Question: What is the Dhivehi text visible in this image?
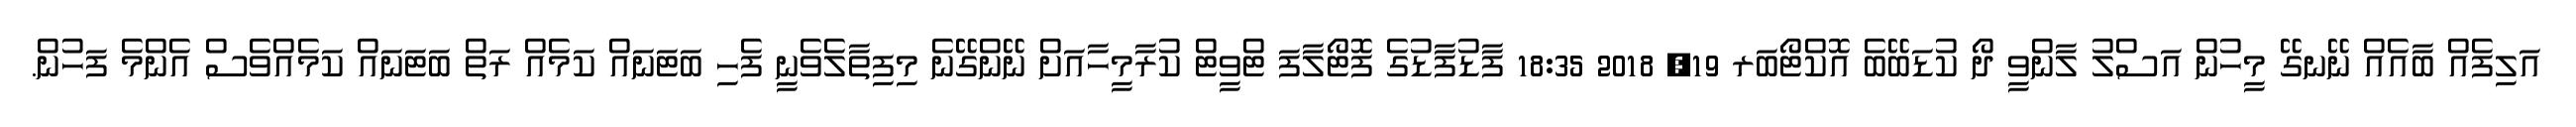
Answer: އަލިފެއް ބާއެއް ނޭނގޭ މީހުން އަސްލު ލާންވީ ދޯ ކުޑަބޭބެ އޮކްޓޯބަރ 19, 2018 18:35 ފާޑުފާޑުގެ ފޮޓޯލާފަ ޓްވީޓް ކުރާމީހާއަށް ނޭންގޭނެ މިފިތާލެވެނީ ފެހި ބަޓަނައް ކަމެއް ރަތް ބަޓަނައް ކަމެއްވެސް އެންމެ ފަހުން.